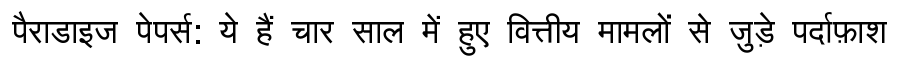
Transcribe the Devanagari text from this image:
पैराडाइज पेपर्स: ये हैं चार साल में हुए वित्तीय मामलों से जुड़े पर्दाफ़ाश